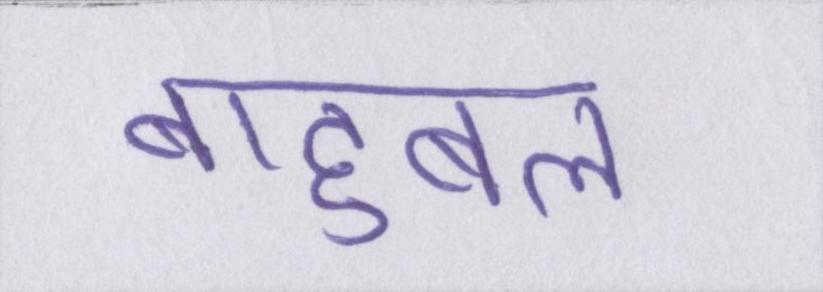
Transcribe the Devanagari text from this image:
बाहुबल